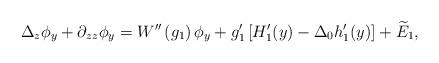
LaTeX: \begin{align*}\Delta_z\phi_y+\partial_{zz}\phi_y=W^{\prime\prime}\left(g_1\right)\phi_y+g_1^\prime \left[H_1^\prime(y)-\Delta_0 h_1^\prime(y)\right]+\widetilde{E}_1,\end{align*}